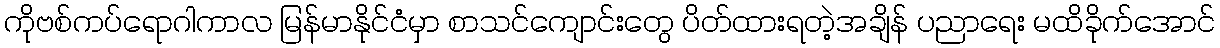
ကိုဗစ်ကပ်ရောဂါကာလ မြန်မာနိုင်ငံမှာ စာသင်ကျောင်းတွေ ပိတ်ထားရတဲ့အချိန် ပညာရေး မထိခိုက်အောင်